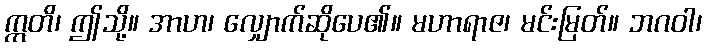
ဣတိ၊ ဤသို့။ အာဟ၊ လျှောက်ဆိုပေ၏။ မဟာရာဇ၊ မင်းမြတ်။ ဘဂဝါ၊